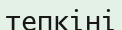
тепкіні